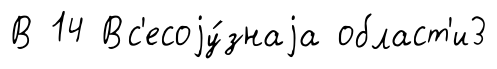
В 14 Вс'есоjу́знаjа област'и3